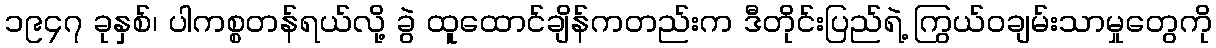
၁၉၄၇ ခုနှစ်၊ ပါကစ္စတန်ရယ်လို့ ခွဲ ထူထောင်ချိန်ကတည်းက ဒီတိုင်းပြည်ရဲ့ ကြွယ်ဝချမ်းသာမှုတွေကို